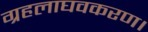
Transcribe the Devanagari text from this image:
ग्रहलाघवकरण।